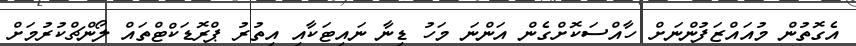
އެގޮތުން މުއައްޒަފުންނަށް ހާއްސަކޮށްގެން އަންނަ މަހު ޑިނާ ނައިޓަކާއި އިތުރު ޕްރޮޑަކްޓްތައް ލޯންޗްކުރުމަށް